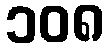
၁၀၈